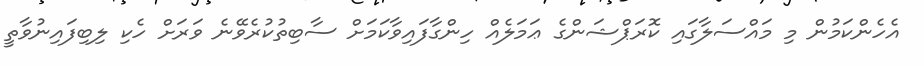
އެހެންކަމުން މި މައްސަލާގައި ކޮރަޕްޝަންގެ ޢަމަލެއް ހިންގާފައިވާކަމަށް ސާބިތުކުރެވޭނެ ވަރަށް ހެކި ލިބިފައިނުވާތީ